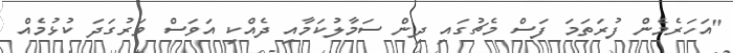
"އަހަރެމެން ފުރަތަމަ ފަސް މެޗުގައި ދިން ސަމާލުކަމާއި ދެއްކި އަވަސް ވަރުގަދަ ކުޅުމެއް